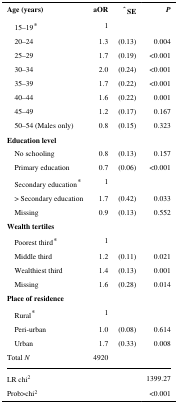
<table><thead><tr><td><b>Age (years)</b></td><td><b>aOR</b></td><td><b>ˆ SE</b></td><td><b><i>P</i></b></td></tr></thead><tbody><tr><td> 15–19*</td><td>1</td><td></td><td></td></tr><tr><td> 20–24</td><td>1.3</td><td>(0.13)</td><td>0.004</td></tr><tr><td> 25–29</td><td>1.7</td><td>(0.19)</td><td>&lt;0.001</td></tr><tr><td> 30–34</td><td>2.0</td><td>(0.24)</td><td>&lt;0.001</td></tr><tr><td> 35–39</td><td>1.7</td><td>(0.22)</td><td>&lt;0.001</td></tr><tr><td> 40–44</td><td>1.6</td><td>(0.22)</td><td>0.001</td></tr><tr><td> 45–49</td><td>1.2</td><td>(0.17)</td><td>0.167</td></tr><tr><td> 50–54 (Males only)</td><td>0.8</td><td>(0.15)</td><td>0.323</td></tr><tr><td><b>Education level</b></td><td></td><td></td><td></td></tr><tr><td> No schooling</td><td>0.8</td><td>(0.13)</td><td>0.157</td></tr><tr><td> Primary education</td><td>0.7</td><td>(0.06)</td><td>&lt;0.001</td></tr><tr><td> Secondary education*</td><td>1</td><td></td><td></td></tr><tr><td> &gt; Secondary education</td><td>1.7</td><td>(0.42)</td><td>0.033</td></tr><tr><td> Missing</td><td>0.9</td><td>(0.13)</td><td>0.552</td></tr><tr><td><b>Wealth tertiles</b></td><td></td><td></td><td></td></tr><tr><td> Poorest third*</td><td>1</td><td></td><td></td></tr><tr><td> Middle third</td><td>1.2</td><td>(0.11)</td><td>0.021</td></tr><tr><td> Wealthiest third</td><td>1.4</td><td>(0.13)</td><td>0.001</td></tr><tr><td> Missing</td><td>1.6</td><td>(0.28)</td><td>0.014</td></tr><tr><td><b>Place of residence</b></td><td></td><td></td><td></td></tr><tr><td> Rural*</td><td>1</td><td></td><td></td></tr><tr><td> Peri-urban</td><td>1.0</td><td>(0.08)</td><td>0.614</td></tr><tr><td> Urban</td><td>1.7</td><td>(0.33)</td><td>0.008</td></tr><tr><td>Total <i>N</i></td><td>4920</td><td></td><td></td></tr><tr><td>LR chi<sup>2</sup></td><td></td><td></td><td>1399.27</td></tr><tr><td>Prob&gt;chi<sup>2</sup></td><td></td><td></td><td>&lt;0.001</td></tr></tbody></table>